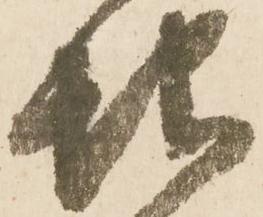
地